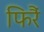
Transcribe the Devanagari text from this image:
फिरैं